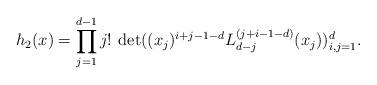
LaTeX: \begin{align*}h_2(x) = \prod_{j=1}^{d-1} j! \: \det((x_j)^{i+j -1 -d} L_{d-j}^{(j+i - 1- d)}(x_j))_{i, j=1}^d. \end{align*}